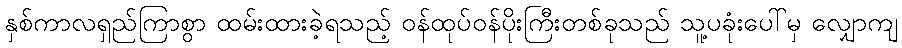
နှစ်ကာလရှည်ကြာစွာ ထမ်းထားခဲ့ရသည့် ဝန်ထုပ်ဝန်ပိုးကြီးတစ်ခုသည် သူ့ပခုံးပေါ်မှ လျှောကျ